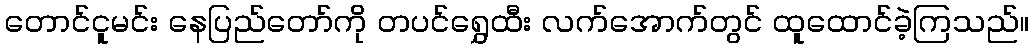
တောင်ငူမင်း နေပြည်တော်ကို တပင်ရွှေထီး လက်အောက်တွင် ထူထောင်ခဲ့ကြသည်။